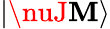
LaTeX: |\nuJ\mathbf{M}\rangle